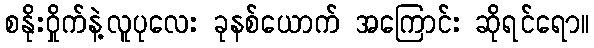
စနိုးဝှိုက်နဲ့လူပုလေး ခုနစ်ယောက် အကြောင်း ဆိုရင်ရော။